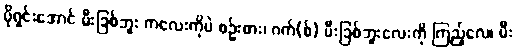
ပိုရှင်းအောင် မီးခြစ်ဘူး ကလေးကိုပဲ စဉ်းစား၊ ဂက်(စ်) မီးခြစ်ဘူးလေးကို ကြည့်လေ၊ မီး